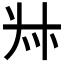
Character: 𠦑